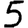
Digit: 5